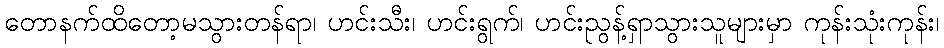
တောနက်ထိတော့မသွားတန်ရာ၊ ဟင်းသီး၊ ဟင်းရွက်၊ ဟင်းညွန့်ရှာသွားသူများမှာ ကုန်းသုံးကုန်း၊